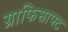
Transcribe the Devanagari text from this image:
ग्राफिसाफ्ट